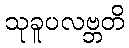
သုခူပလဗ္ဘတိ